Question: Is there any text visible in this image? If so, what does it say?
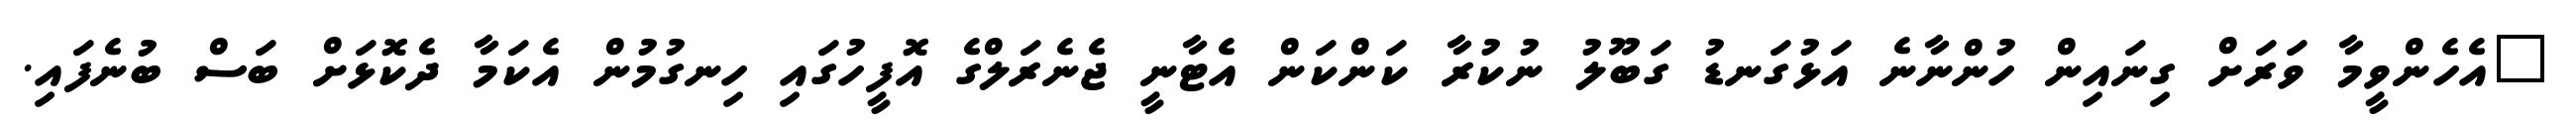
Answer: "އެހެންވީމާ ވަރަށް ގިނައިން ހުންނާނެ އަޅުގަނޑު ގަބޫލު ނުކުރާ ކަންކަން އެޓާނީ ޖެނެރަލްގެ އޮފީހުގައި ހިނގުމުން އެކަމާ ދެކޮޅަށް ބަސް ބުނެފައި.